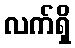
လက်ရှိ